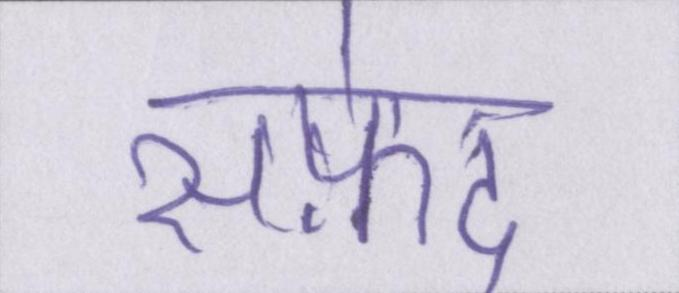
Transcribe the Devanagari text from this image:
सफ़ेद